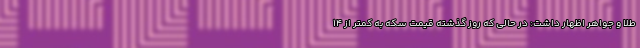
طلا و جواهر اظهار داشت: در حالی که روز گذشته قیمت سکه به کمتر از 14